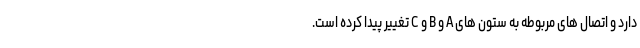
دارد و اتصال های مربوطه به ستون های A و B و C تغییر پیدا کرده است.